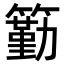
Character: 𥵚